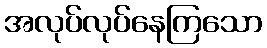
အလုပ်လုပ်နေကြသော